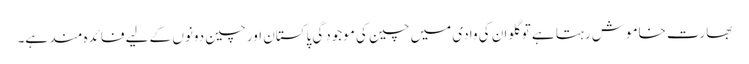
بھارت خاموش رہتا ہے تو گلوان کی وادی میں چین کی موجودگی پاکستان اور چین دونوں کے لیے فائدہ مند ہے۔